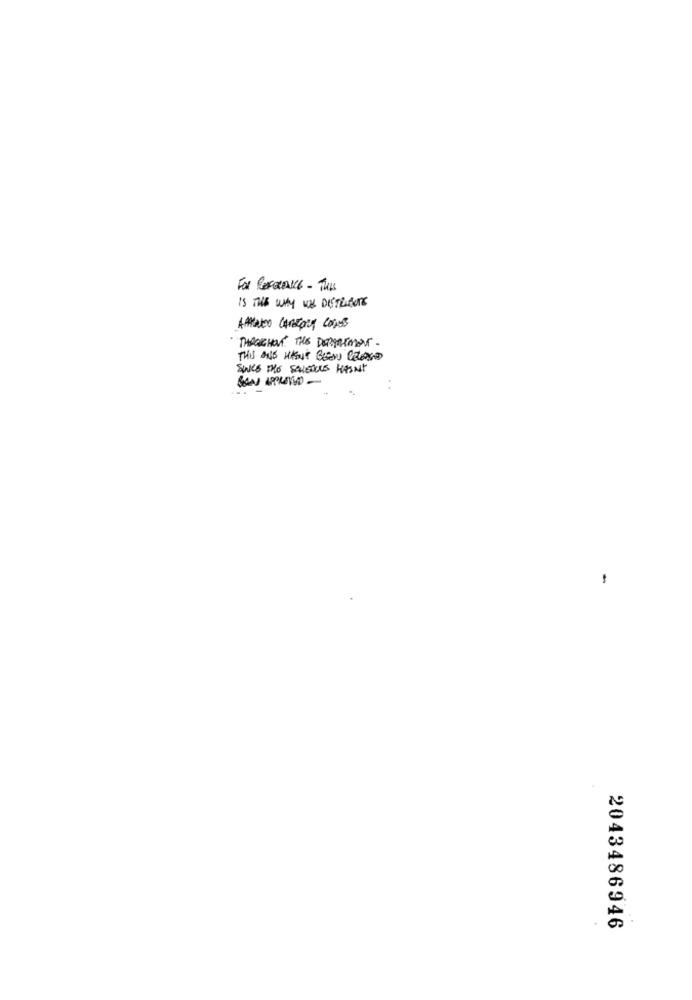
FOR REFERENCE - TULs
IS THE WHY WE DISTRIBUTE
AMICO CAREALT CODES
THROUGHOUT THE DEPARTMENT .
THIS AND HASUT BEEN RELEASED
SUIS PRO SAISQUE WASNT
-
2043486946